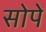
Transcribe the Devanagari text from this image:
सोपें